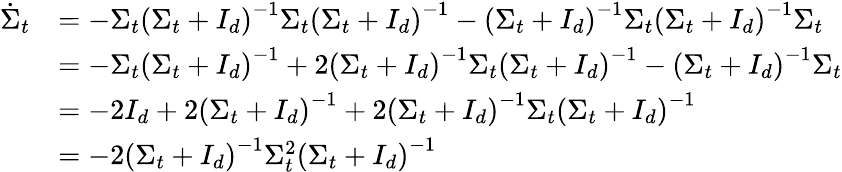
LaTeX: \begin{array}{rl}{\dot{\Sigma}_{t}}&{=-\Sigma_{t}\left(\Sigma_{t}+I_{d}\right)^{-1}\Sigma_{t}\left(\Sigma_{t}+I_{d}\right)^{-1}-\left(\Sigma_{t}+I_{d}\right)^{-1}\Sigma_{t}\left(\Sigma_{t}+I_{d}\right)^{-1}\Sigma_{t}}\\ &{=-\Sigma_{t}\left(\Sigma_{t}+I_{d}\right)^{-1}+2\left(\Sigma_{t}+I_{d}\right)^{-1}\Sigma_{t}\left(\Sigma_{t}+I_{d}\right)^{-1}-\left(\Sigma_{t}+I_{d}\right)^{-1}\Sigma_{t}}\\ &{=-2I_{d}+2\left(\Sigma_{t}+I_{d}\right)^{-1}+2\left(\Sigma_{t}+I_{d}\right)^{-1}\Sigma_{t}\left(\Sigma_{t}+I_{d}\right)^{-1}}\\ &{=-2\left(\Sigma_{t}+I_{d}\right)^{-1}\Sigma_{t}^{2}\left(\Sigma_{t}+I_{d}\right)^{-1}}\end{array}